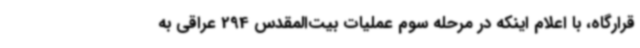
قرارگاه، با اعلام اینکه در مرحله سوم عملیات بیت‌المقدس 294 عراقی به